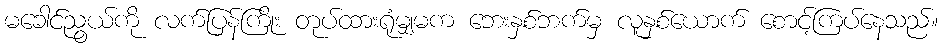
မခေါင်ညွယ်ကို လက်ပြန်ကြိုး တုပ်ထားရုံမျှမက ဘေးနှစ်ဘက်မှ လူနှစ်ယောက် စောင့်ကြပ်နေသည်။